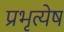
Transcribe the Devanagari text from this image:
प्रभृत्येष